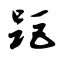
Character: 距